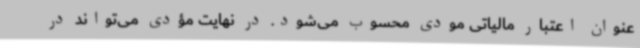
عنوان اعتبار مالیاتی مودی محسوب می‌شود. در نهایت مؤدی می‌تواند در